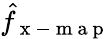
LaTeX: \hat{f}_{\mathrm{~x~-~m~a~p~}}